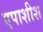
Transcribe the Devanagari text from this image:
एपाशीश